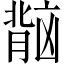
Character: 𬛏